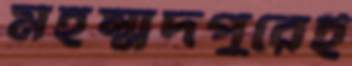
মহম্মদপুরেই